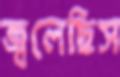
জ্বলেছিস